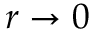
r \to 0